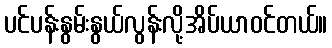
ပင်ပန်းနွမ်းနွယ်လွန်းလို့အိပ်ယာဝင်တယ်။